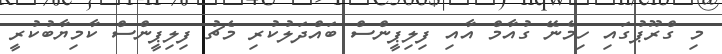
މި ގްރޫޕުގައި ހިމެނޭ ގުއާމް އާއި ފިލިޕީންސް ބައްދަލުކުރި މެޗު ފިލިޕީންސް ކާމިޔާބުކުރީ